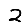
Digit: 2